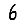
Digit: 6